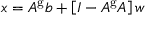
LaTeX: x = A ^ { \mathrm { g } } b + \left[ I - A ^ { \mathrm { g } } A \right] w